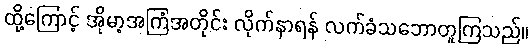
ထို့ကြောင့် အိုမာ့အကြံအတိုင်း လိုက်နာရန် လက်ခံသဘောတူကြသည်။